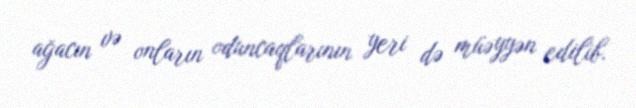
ağacın və onların oduncaqlarının yeri də müəyyən edilib.